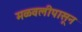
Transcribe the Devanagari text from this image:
मळवलीपासून